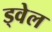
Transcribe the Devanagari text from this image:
ड्वेल